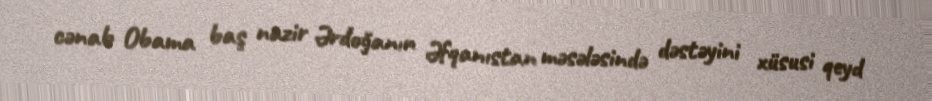
cənab Obama baş nazir Ərdoğanın Əfqanıstan məsələsində dəstəyini xüsusi qeyd